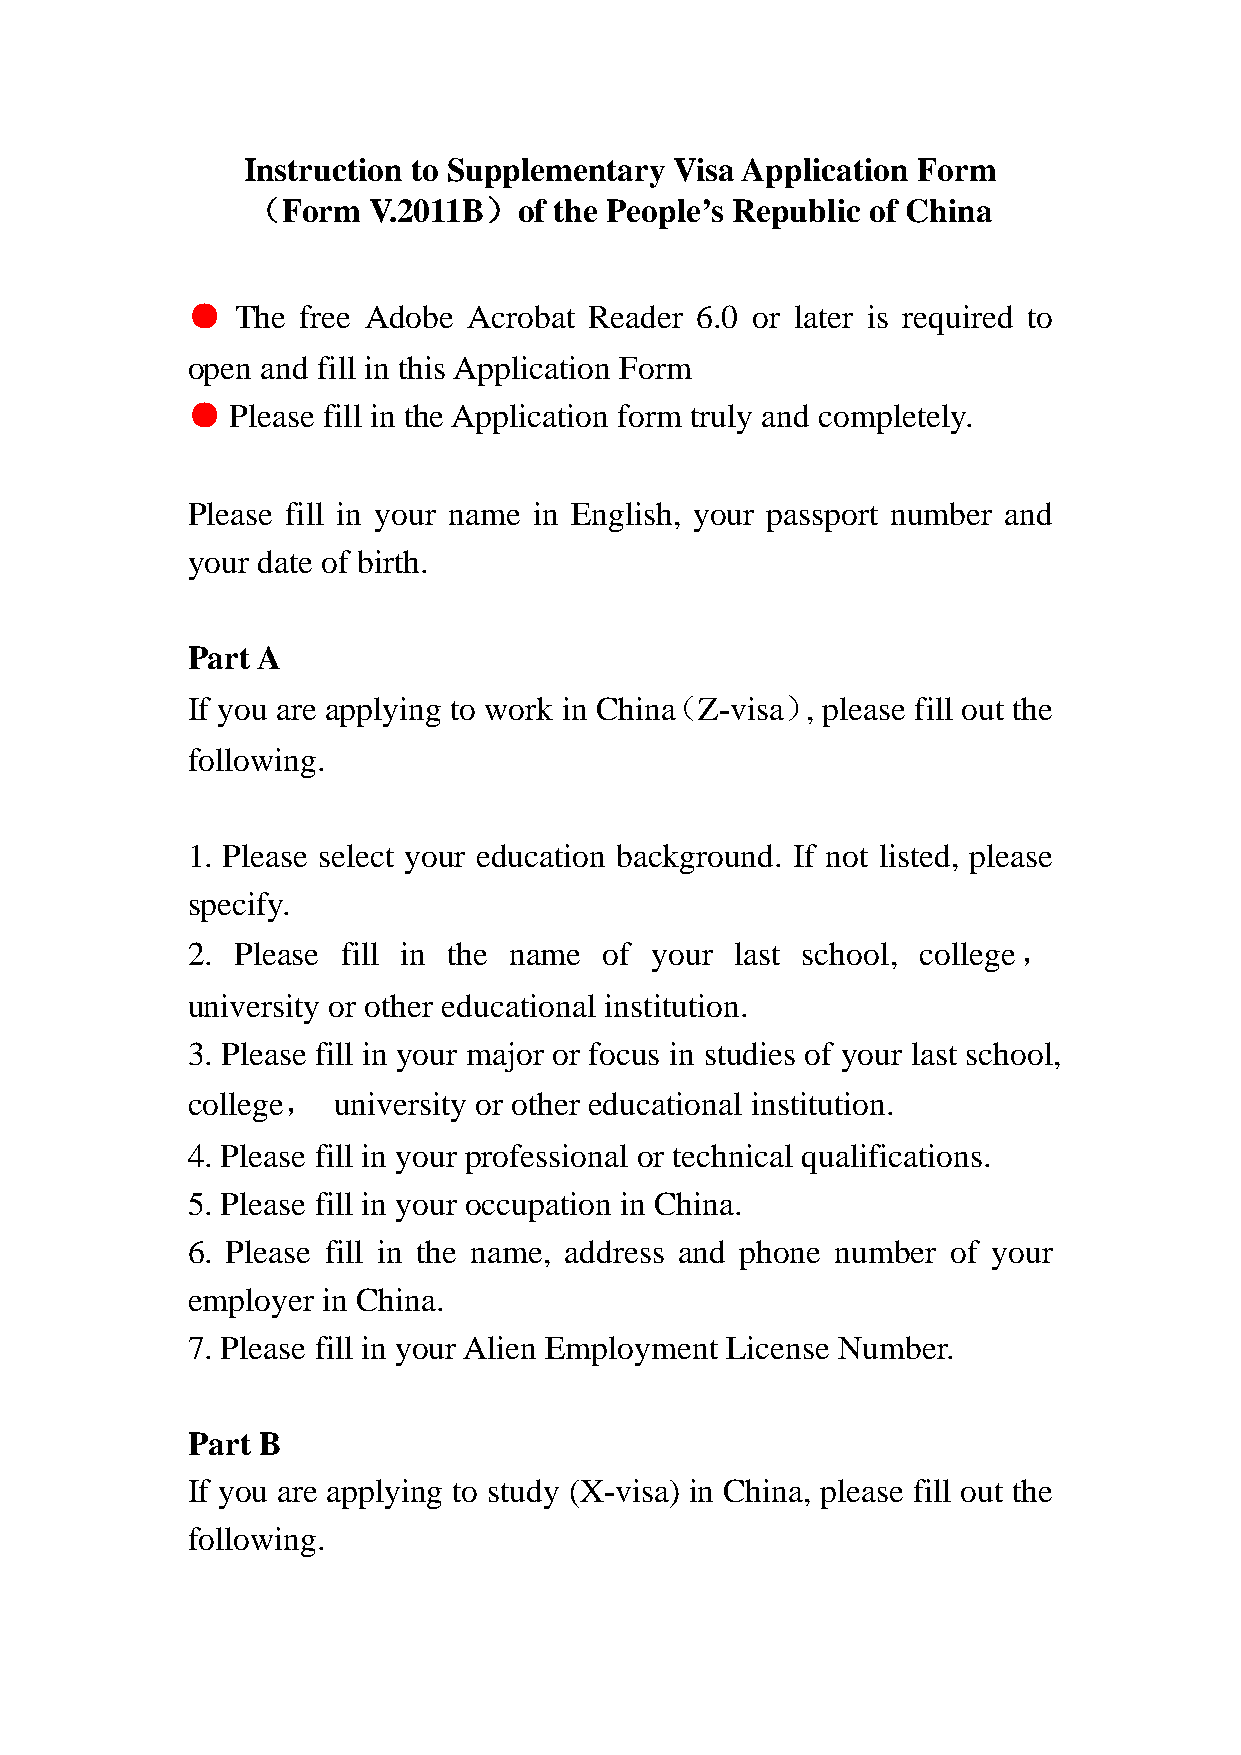
Instruction to Supplementary Visa Application Form
 （Form   V.2011B）of   the People’s Republic of China
 ●   The free Adobe Acrobat Reader 6.0 or later is required to
 open and fill in this Application Form
 ●  Please fill in the Application form truly and completely.
 Please fill in your name in English, your passport number and
 your date of birth.
 Part A
 If you are applying to work in China（Z-visa）, please fill out the
 following.
 1. Please select your education background. If not listed, please
 specify.
 2. Please  fill in the name of your  last school, college，
 university or other educational institution.
 3. Please fill in your major or focus in studies of your last school,
 college，  university or other educational institution.
 4. Please fill in your professional or technical qualifications.
 5. Please fill in your occupation in China.
 6. Please fill in the name, address and phone number of your
 employer in China.
 7. Please fill in your Alien Employment License Number.
 Part B
 If you are applying to study (X-visa) in China, please fill out the
 following.